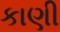
કાણી